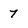
Character: 7